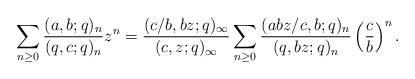
LaTeX: \begin{align*}\sum_{n\ge 0}\frac{(a,b;q)_n}{(q,c;q)_n}z^n=\frac{(c/b,bz;q)_\infty}{(c,z;q)_\infty}\sum_{n\ge 0}\frac{(abz/c,b;q)_n}{(q,bz;q)_n}\left(\frac{c}{b}\right)^n.\end{align*}